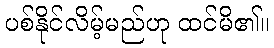
ပစ်နိုင်လိမ့်မည်ဟု ထင်မိ၏။